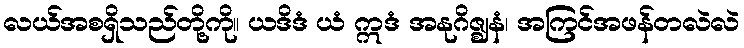
လယ်အစရှိသည်တို့ကို။ ယဒိဒံ ယံ ဣဒံ အနုဂိဇ္ဈနံ၊ အကြင်အဖန်တလဲလဲ